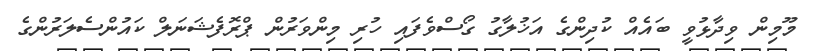
މޫމިން ވިދާޅުވީ ބައެއް ކުދިންގެ އަޚުލާގު ގޯސްވެފައި ހުރި މިންވަރުން ޕްރޮފެޝަނަލް ކައުންސެލަރުންގެ